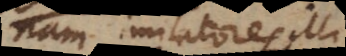
nam imitatores ill